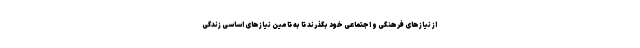
از نیازهای فرهنگی و اجتماعی خود بگذرند تا به تامین نیازهای اساسی زندگی